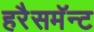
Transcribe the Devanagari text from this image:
हरैसमॅन्ट